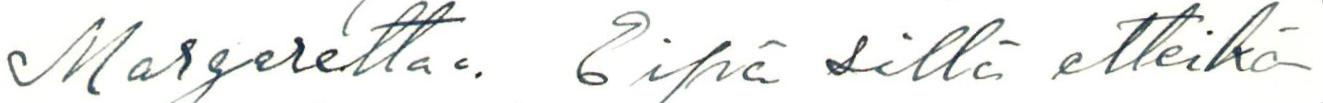
Margarettaa. Eipä sillä etteikö